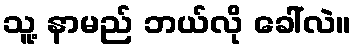
သူ့ နာမည် ဘယ်လို ခေါ်လဲ။